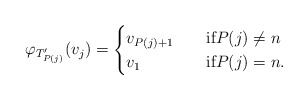
\begin{align*}\varphi_{T'_{P(j)}}(v_j)=\begin{cases} v_{P(j)+1}&\quad\mbox{if}P(j)\ne n\\v_1&\quad\mbox{if}P(j)=n.\end{cases}\end{align*}